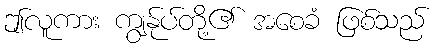
ဤလူကား ကျွန်ုပ်တို့၏ အစေခံ ဖြစ်သည်